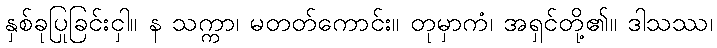
နှစ်ခုပြုခြင်းငှါ။ န သက္ကာ၊ မတတ်ကောင်း။ တုမှာကံ၊ အရှင်တို့၏။ ဒါသဿ၊